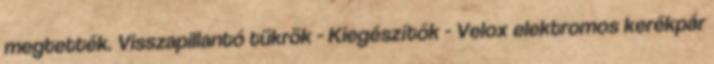
megtették. Visszapillantó tükrök - Kiegészítők - Velox elektromos kerékpár